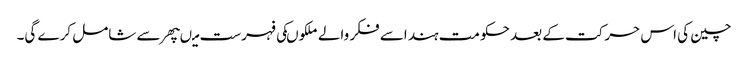
چین کی اس حرکت کے بعد حکومت ہند اسے فکر والے ملکوںکی فہرست میںپھر سے شامل کرے گی۔